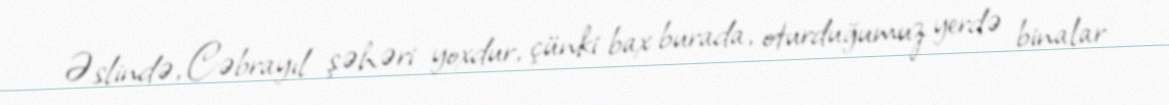
Əslində, Cəbrayıl şəhəri yoxdur, çünki bax burada, oturduğumuz yerdə binalar